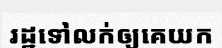
រដ្ឋទៅលក់ឲ្យគេយក